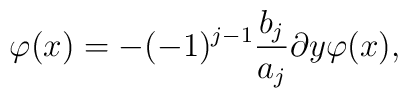
\varphi(x)=-(-1)^{j-1}\frac{b_{j}}{a_{j}}\partial y\varphi(x),